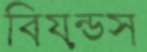
বিয়ন্ডস